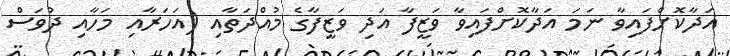
އަދާކޮށްފައިވާ ނަމަ އަދާކޮށްފައިވާ ވަޒީފާ އަދި ވަޒީފާގެ މުއްދަތާއި (އަހަރާއި މަހާއި ދުވަސް